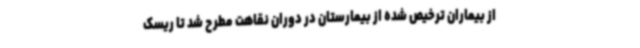
از بیماران ترخیص شده از بیمارستان در دوران نقاهت مطرح شد تا ریسک